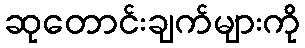
ဆုတောင်းချက်များကို